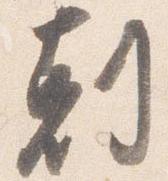
剋